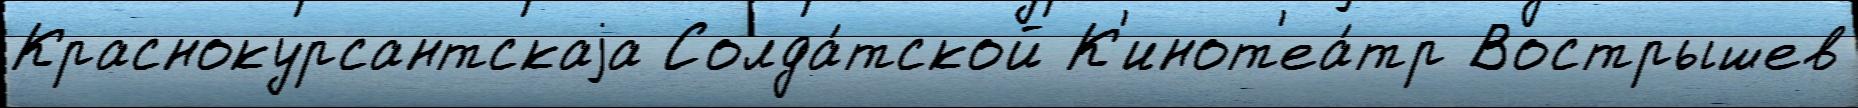
Краснокурсантскаjа Солда́тской К'инот'еа́тр Вострышев